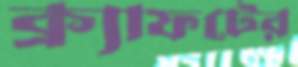
ক্র্যাফটের